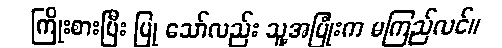
ကြိုးစားပြီး ပြု သော်လည်း သူ့အပြုံးက မကြည်လင်။